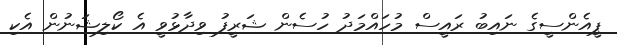
ޕީއެންސީގެ ނައިބު ރައީސް މުހައްމަދު ހުސެން ޝަރީފު ވިދާޅުވީ އެ ކޯލިޝަނުން އެކި